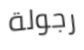
رجولة